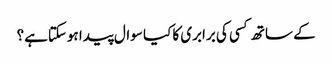
کے ساتھ کسی کی برابری کا کیا سوال پیدا ہوسکتاہے؟